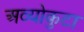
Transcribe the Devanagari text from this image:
अव्योकुटा